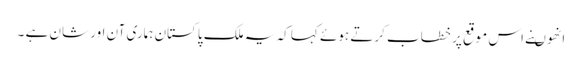
انھوںنے اس موقع پر خطاب کرتے ہوئے کہا کہ یہ ملک پاکستان ہماری آن اور شان ہے ۔